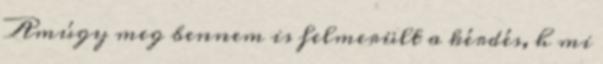
Amúgy meg bennem is felmerült a kérdés, h mi